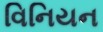
વિનિયન